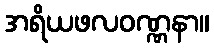
အရိယဖလဝဏ္ဏနာ။